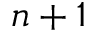
n + 1